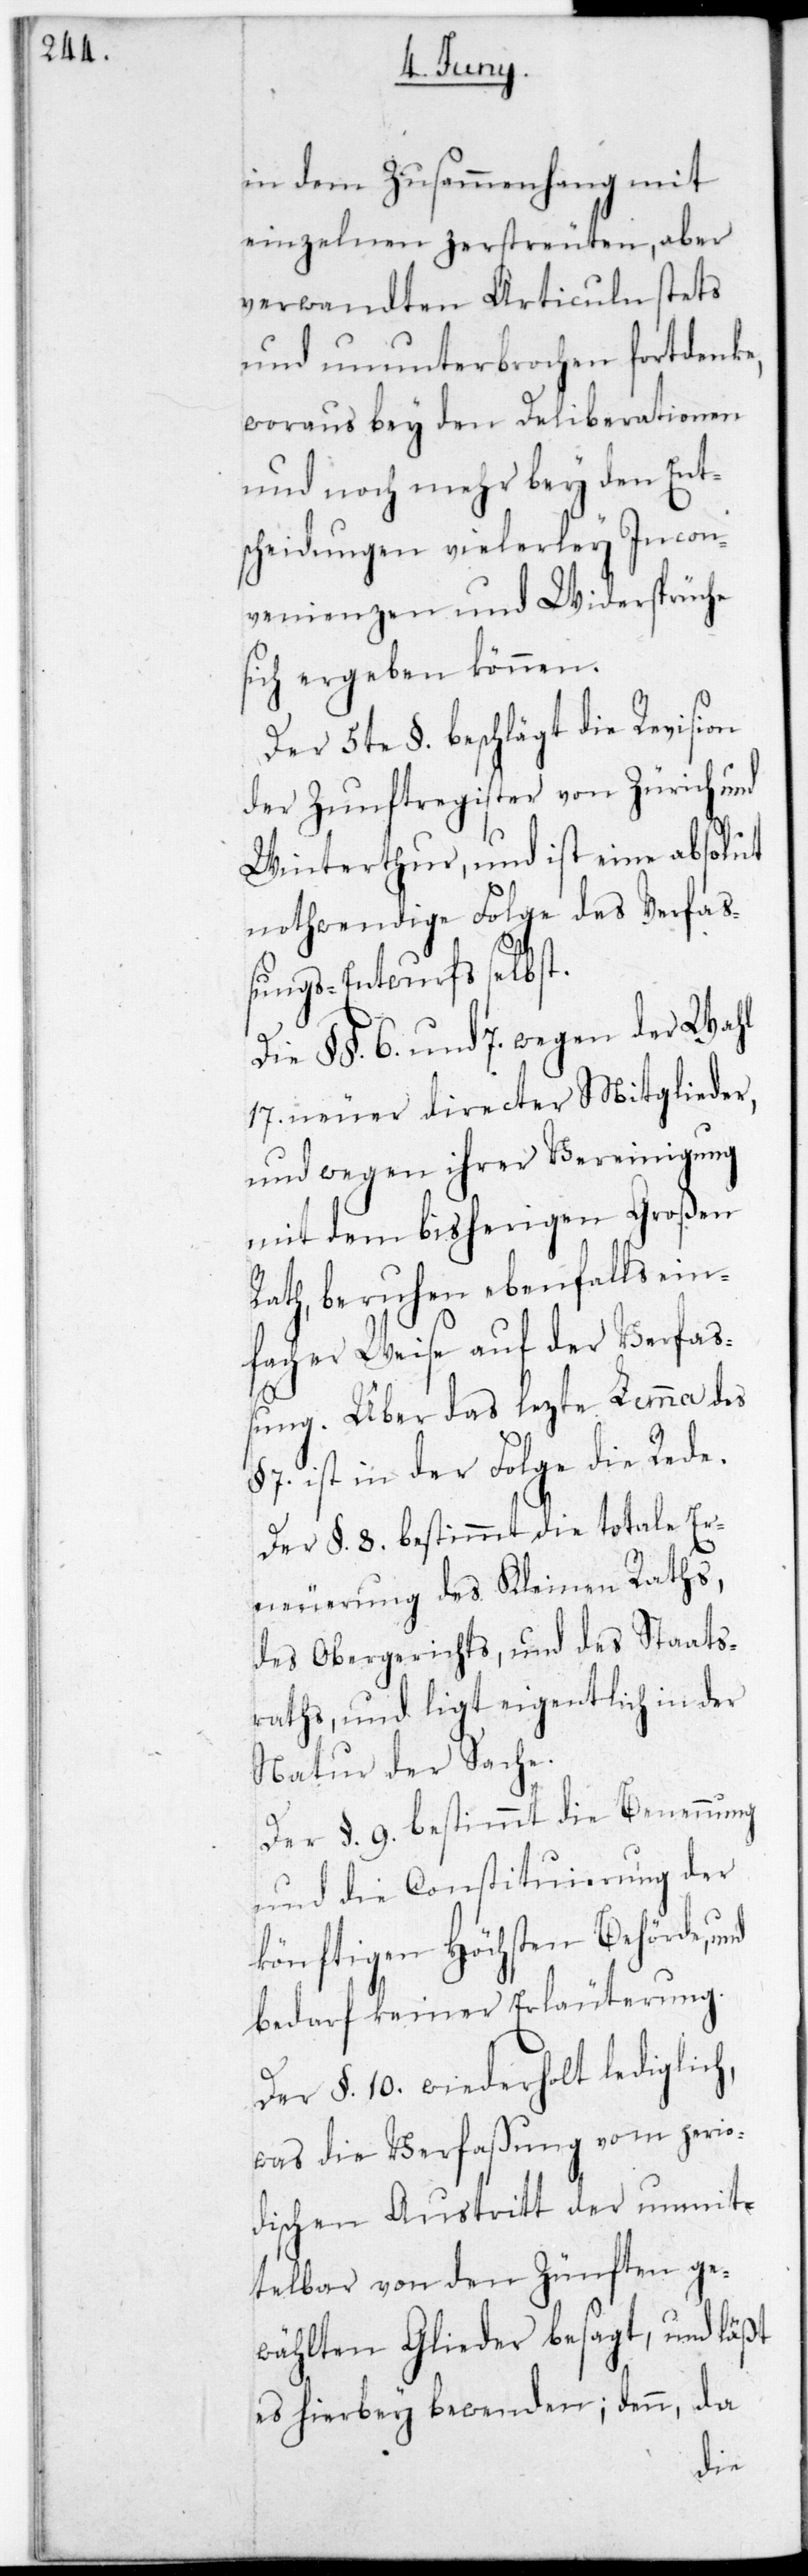
in dem Zusammenhang mit
einzelnen zerstreuten, aber
verwandten Articuln stets
und ununterbrochen fortdenke,
woraus bey den Deliberationen
und noch mehr bey den Ent¬
scheidungen vielerlei Incon¬
venienzen und Widersprüche
sich ergeben können.
Der fünfte §. beschlägt die Revision
der Zunftregister von Zürich und
Winterthur, und ist eine absolut
nothwendige Folge des Verfa¬
ßungs-Entwurfs selbst.
Die §§. 6. und 7. wegen der Wahl
17. neuer directer Mitglieder,
und wegen ihrer Vereinigung
mit dem bisherigen Großen
Rath, beruhen ebenfalls ein¬
facher Weise auf der Verfa¬
ßung. Über das letzte Lemma des
§. 7 ist in der Folge die Rede.
Der §. 8. bestimmt die totale Er¬
neuerung des Kleinen Raths,
des Obergerichts und des Staats¬
raths, und liegt eigentlich in der
Natur der Sache.
Der §. 9. bestimmt die Benennung
und die Constituierung der
könftigen Höchsten Behörde und
bedarf keiner Erläuterung.
Der §. 10. wiederholt lediglich,
was die Verfaßung vom perio¬
dischen Austritt der unmit¬
telbar von den Zünften ge¬
wählten Glieder besagt, und läßt
es hierbey bewenden; denn, da